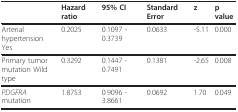
<table><thead><tr><td></td><td><b>Hazard ratio</b></td><td><b>95% CI</b></td><td><b>Standard Error</b></td><td><b>z</b></td><td><b>p value</b></td></tr></thead><tbody><tr><td>Arterial hypertensionYes</td><td>0.2025</td><td>0.1097 - 0.3739</td><td>0.0633</td><td>-5.11</td><td>0.000</td></tr><tr><td>Primary tumormutation Wild type</td><td>0.3292</td><td>0.1447 - 0.7491</td><td>0.1381</td><td>-2.65</td><td>0.008</td></tr><tr><td><i>PDGFRA </i>mutation</td><td>1.8753</td><td>0.9096 - 3.8661</td><td>0.0692</td><td>1.70</td><td>0.049</td></tr></tbody></table>